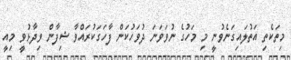
މިތަކެތި އަތުލައިގަނެވުނީ މި މަހުގެ ނުވަވަނަ ދުވަހުކަން ފާހަގަކުރައްވާ ޝިފާން ވިދާޅުވީ މިއީ